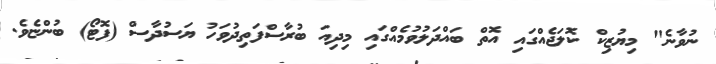
ނުވާނެ" މިޔުޒިކް ކޮލަޖެއްގައި އޮތް ބައްދަލުވުމެއްގައި މިދިއަ ބުރާސްފަތިދުވަހު ޔަސުދާސް (ފޮޓޯ) ބުންޏެވެ.